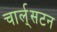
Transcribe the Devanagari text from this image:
चार्ल्‌सटन